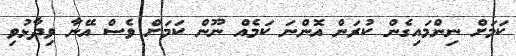
ކަމަށް ނިންމައިގެން ކުރަން އޮންނަ ކަމެއް ނޫން ކަމަށް ވެސް އޭނާ ވިދާޅުވި